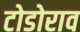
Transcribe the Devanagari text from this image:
टोडोराव